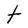
Character: t